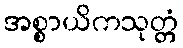
အစ္စာယိကသုတ္တံ